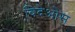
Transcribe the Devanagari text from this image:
विदेओस